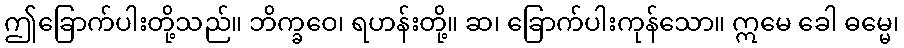
ဤခြောက်ပါးတို့သည်။ ဘိက္ခဝေ၊ ရဟန်းတို့။ ဆ၊ ခြောက်ပါးကုန်သော။ ဣမေ ခေါ ဓမ္မေ၊